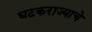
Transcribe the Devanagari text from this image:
घटकराज्याचे